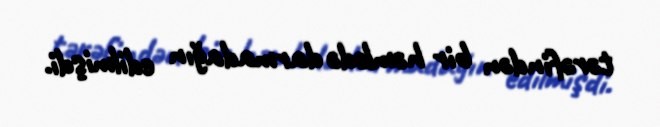
tərəfindən bir həmlədə darmadağın edilmişdi.